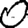
Digit: 0